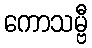
ကောသမ္ဗီ